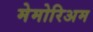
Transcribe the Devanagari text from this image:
मेमोरिअम